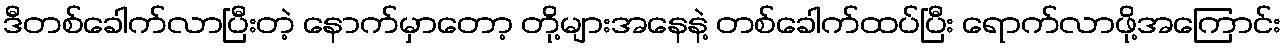
ဒီတစ်ခေါက်လာပြီးတဲ့ နောက်မှာတော့ တို့များအနေနဲ့ တစ်ခေါက်ထပ်ပြီး ရောက်လာဖို့အကြောင်း